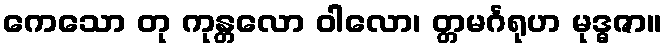
ကေသော တု ကုန္တလော ဝါလော၊ တ္တမင်္ဂရုဟ မုဒ္ဓဇာ။